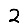
Digit: 2